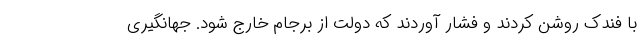
با فندک روشن کردند و فشار آوردند که دولت از برجام خارج شود. جهانگیری